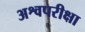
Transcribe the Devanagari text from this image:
अश्वपरीक्षा